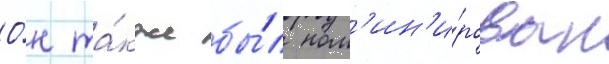
О́н та́кже бы́л ном'ин'и́рован